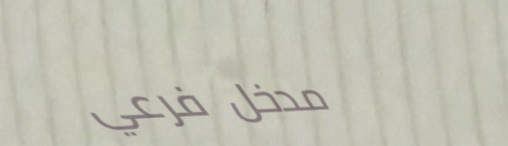
مدخل فرعي